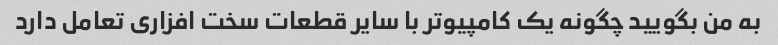
به من بگویید چگونه یک کامپیوتر با سایر قطعات سخت افزاری تعامل دارد